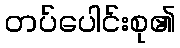
တပ်ပေါင်းစု၏